Riigikantselei, lk 3
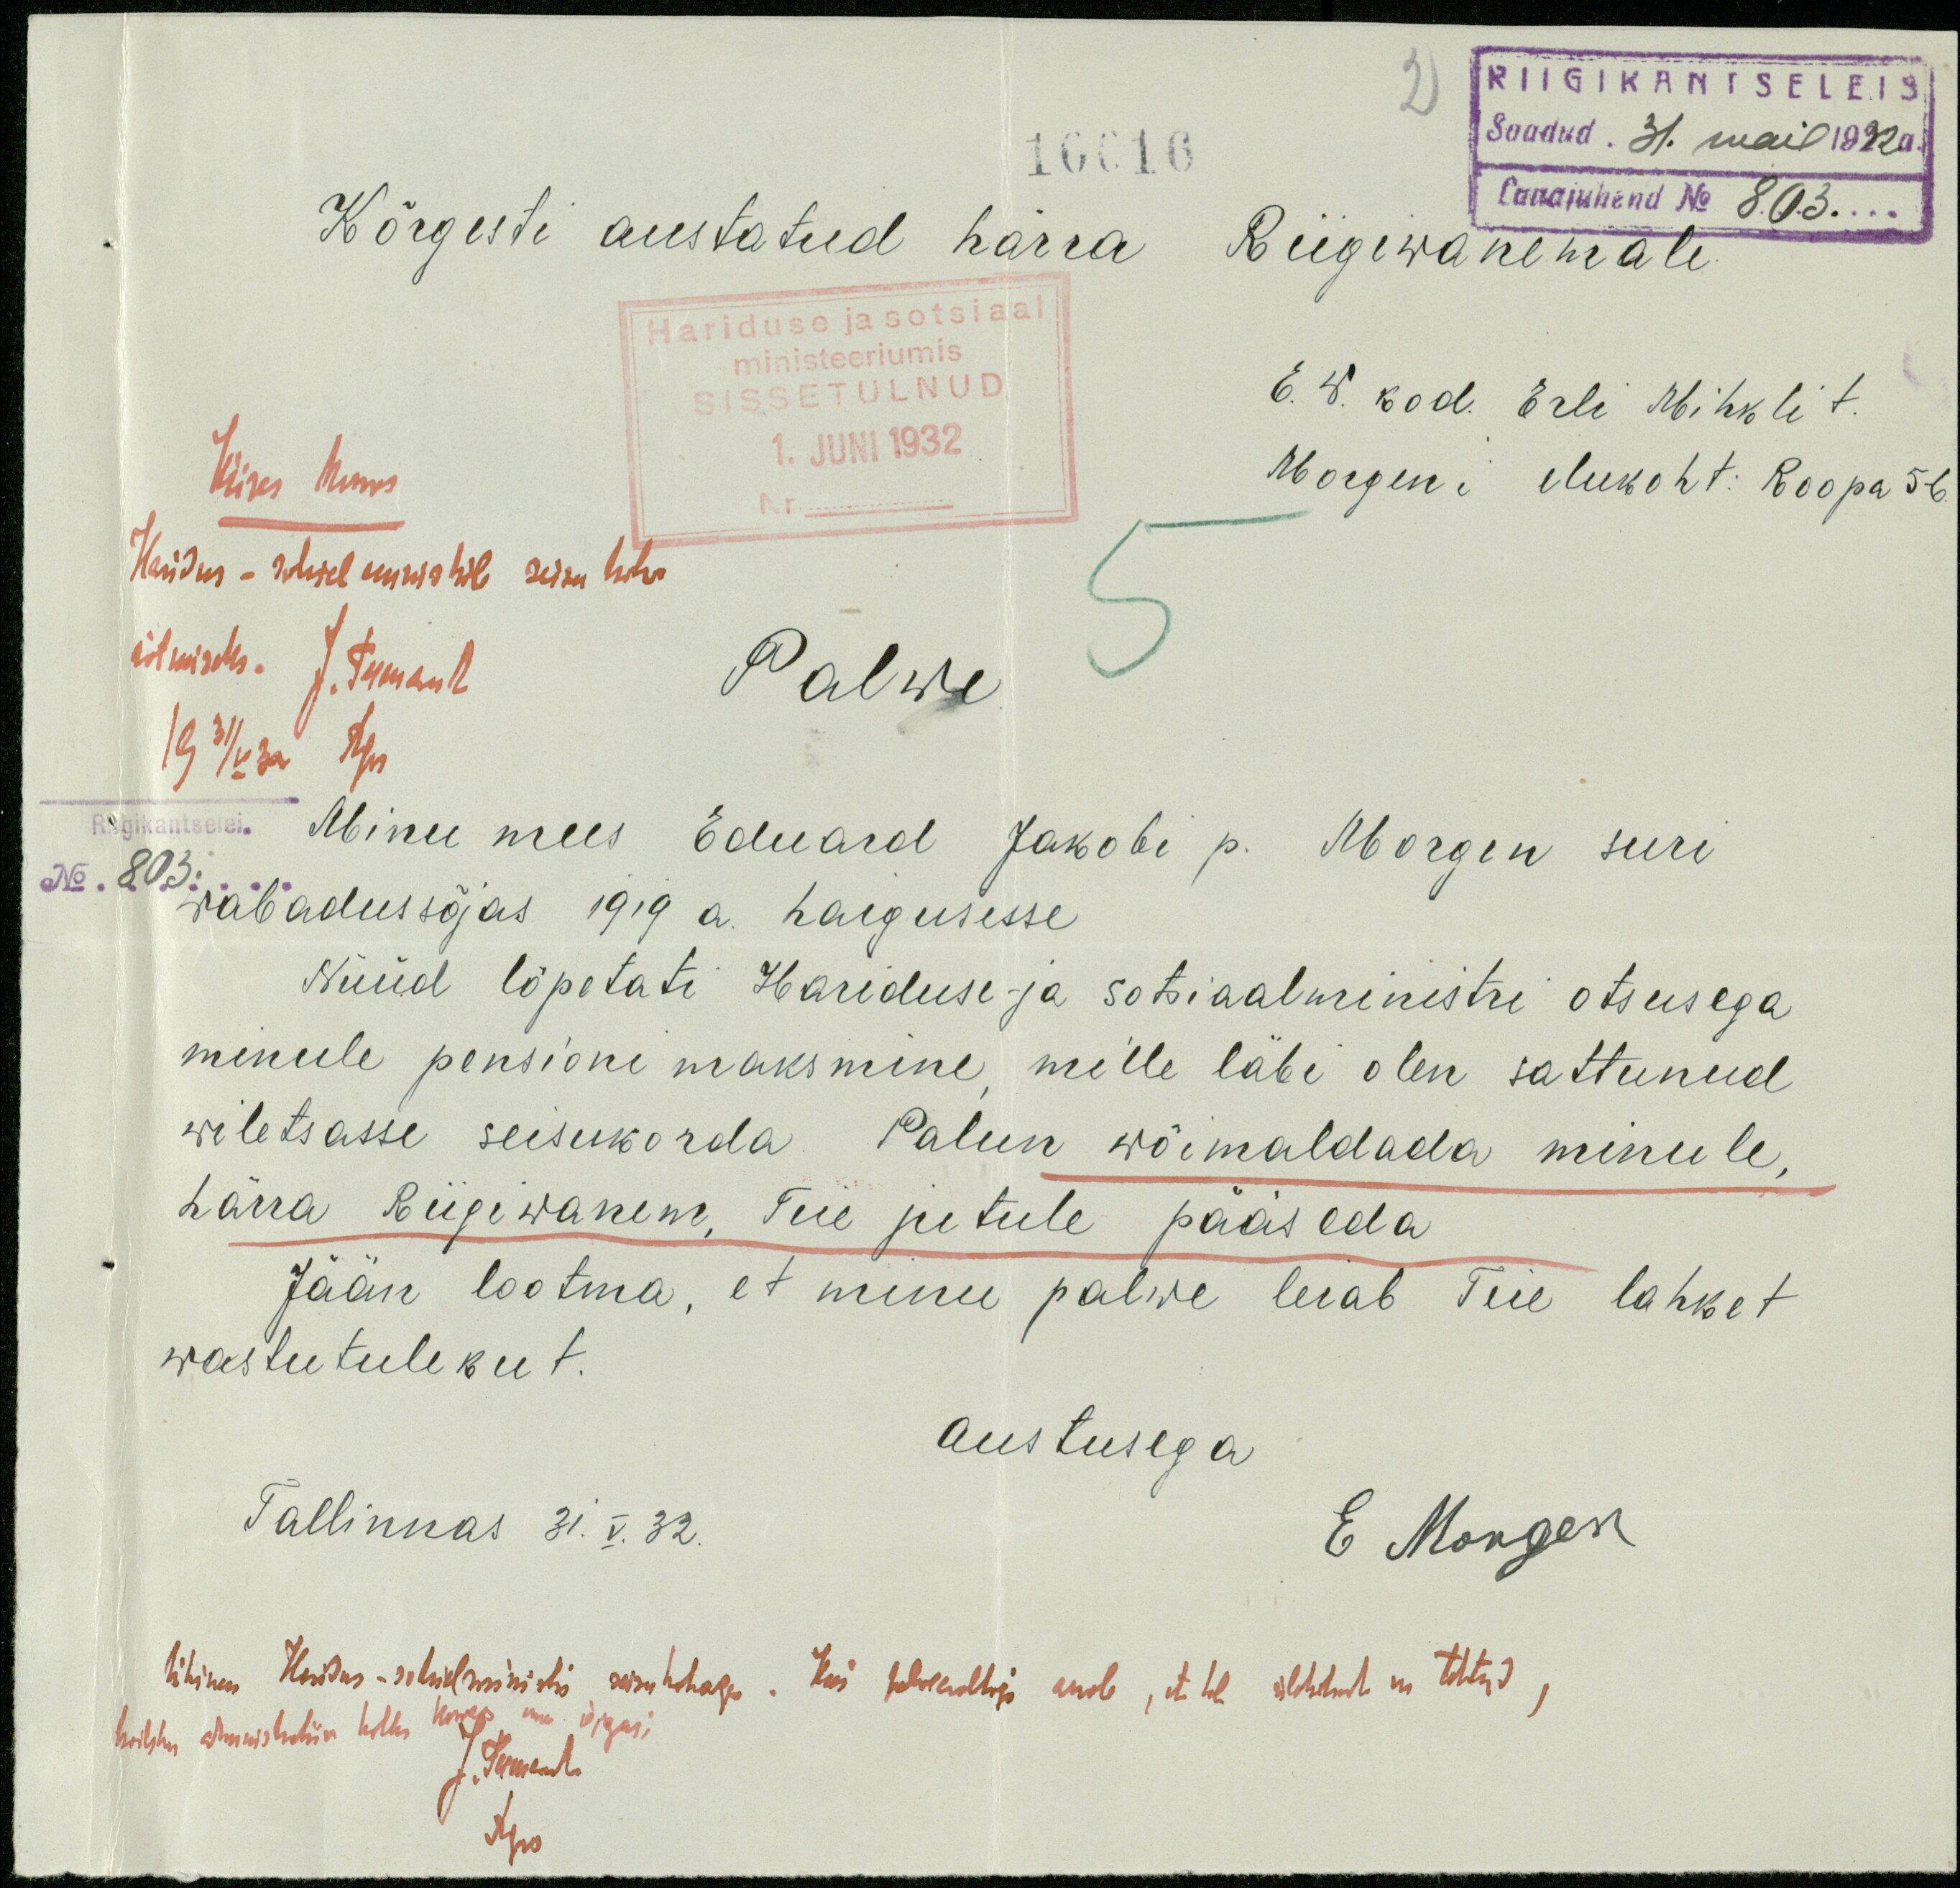
2
RIIGIKANTSELEIS
Saadud. 31. mai 1932a.
Lauajuhend No 803
Kõrgesti austatud härra Riigivanemale
Hariduse ja sotsiaal
ministeeriumis
SISSETULNUD
E. W. kod. Erli Mihkli t.
1. Juni 1932
Kr.
Morgeni elukoht: Roopa 56
Palwe
Minu mees Eduard Jakobi p. Morgen suri
vabadussõjas 1919 a. haigusesse
Nüüd lõpetati Hariduse- ja sotsiaalministri otsusega
minule pensioni maksmine, mille läbi olen sattunud
wiletsasse seisukorda Palun wõimaldada minule
härra Riigiwanem. Teie jutule pääseda
Jään lootma, et minu palwe leiab Teie lahket
wastutulekut.
austusega
Tallinnas 31. V. 32.
E. Morgen